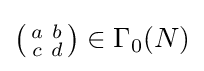
\left({\begin{smallmatrix}a&b\\c&d\end{smallmatrix}}\right)\in \Gamma _{0}(N)